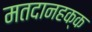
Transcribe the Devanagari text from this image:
मतदानहक्क